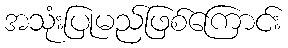
အသုံးပြုမည်ဖြစ်ကြောင်း